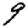
Digit: 9